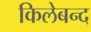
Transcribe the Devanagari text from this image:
किलेबन्द